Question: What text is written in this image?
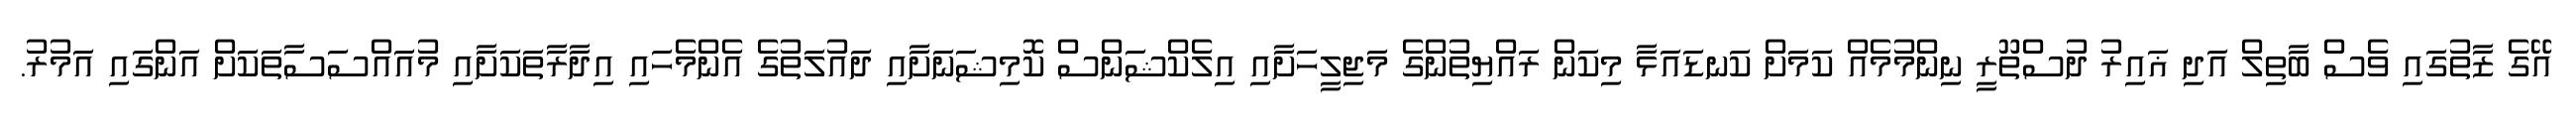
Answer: އޭގެ ޒާތުގައި ވެސް ބާތިލް އަދި ޣައިރު ދުސްތޫރީ ނިންމުމެއް ކަމަށް ކަނޑައަޅާ މިކަން ރައްޔިތުންގެ މަޖިލީހަށާއި އިލެކްޝަންސް ކޮމިޝަނަށާއި ދައުލަތުގެ އެންމެހައި އިދާރާތަކަށާއި މުއައްސަސާތަކަށް އަންގައި އަމުރު.